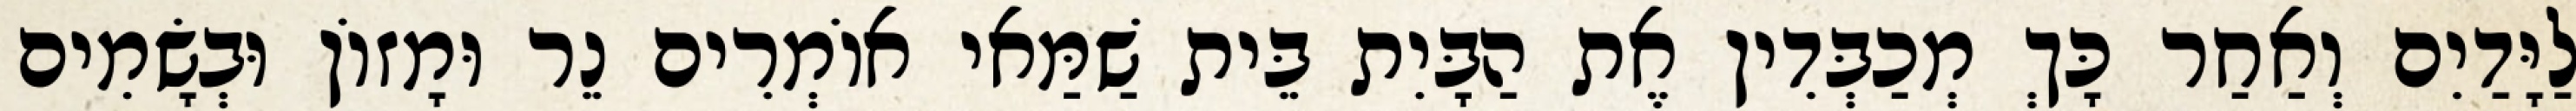
לַיָּדַיִם וְאַחַר כָּךְ מְכַבְּדִין אֶת הַבָּיִת בֵּית שַׁמַּאי אוֹמְרִים נֵר וּמָזוֹן וּבְשָׂמִים